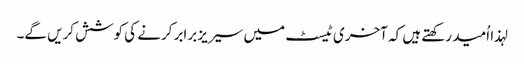
لہذا اُمید رکھتے ہیں کہ آخری ٹیسٹ میں سیریز برابر کرنے کی کوشش کریں گے۔